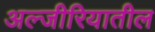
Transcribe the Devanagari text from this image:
अल्जीरियातील